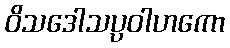
ဝိသဒေါသပ္ပဝါဟကော